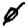
Digit: 0